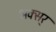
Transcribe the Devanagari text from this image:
अक्सर्